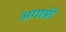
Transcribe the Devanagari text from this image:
अगाडी